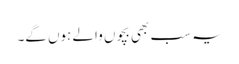
یہ سب بھی بچوں والے ہوں گے۔